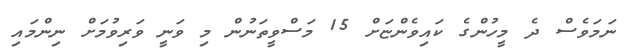
ނަމަވެސް ދެ މީހުންގެ ކައިވެންޏަށް 15 މަސްވީތަނުން މި ވަނީ ވަރިވުމަށް ނިންމައި